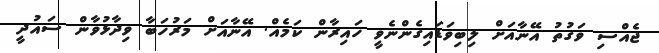
ޖެއްސި ވަގުތު އޭނާއަށް ލިބިވަޑައިގެންނެވީ ހައިރާން ކަމެއް. އޭނާއަށް މަރުހަބާ ވިދާޅުވާން ސައުދީ